Code of medical and sanitary regulations for the guidance of medical officers serving in the Madras Presidency - Volume II
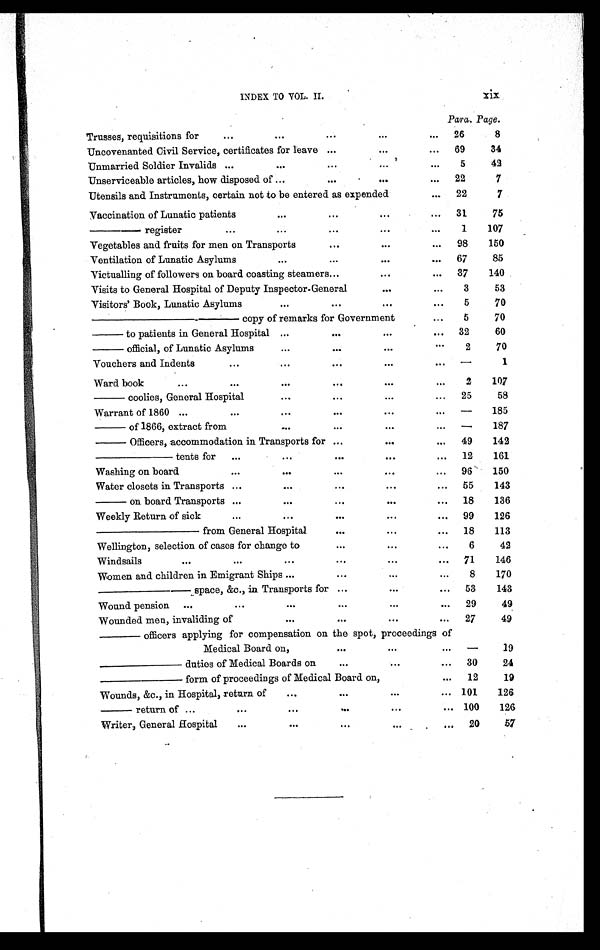
INDEX TO VOL. II. xix
Para. Page.
Trusses, requisitions for
...
...
. . .
. . .
. . . 26
8
Uncovenanted Civil Service, certificates for leave . . .
. . .
... 69
34
Unmarried Soldier Invalids ...
....
. . . . . .
. . . 5
42
Unserviceable articles, how disposed of ...
. . .
. . .
... 22
7
Utensils and Instruments, certain not to be entered as expended
... 22
7
Vaccination of Lunatic patients
...
. . . ...
... 31
75
— — — — — r e g i s t e r . . .
...
. . . ...
...
1
107
Vegetables and fruits for men on Transports
. . .
. . .
. . .
98
150
Ventilation of Lunatic Asylums ...
...
. . .
... 67
85
Victualling of followers on board coasting steamers . . .
...
... 37
140
Visits to General Hospital of Deputy Inspector-General
. . .
...
3
53
Visitors' Book, Lunatic Asylums
...
...
...
...
5
70
————————————— copy of remarks for Government
...
5
70
——— to patients in General Hospital ...
. . .
. . .
. . .
32
60
——— official, of Lunatic Asylums
...
. . .
...
. . .
2
70
Vouchers and Indents
...
...
. . .
...
. . .
—
1
Ward book
. . .
...
...
. . .
. . .
...
2
107
——— coolies, General Hospital
...
. . .
. . .
. . .
25
58
Warrant of 1860 ...
...
...
. . .
. . .
. . .
—
185
——— of 1866, extract from
...
...
. . .
. . . —
187
——— Officers, accommodation in Transports for ...
. . .
... 49
142
— — — — — — — t e n t s f o r ...
...
. . .
. . .
... 12
161
Washing on board
...
...
...
...
... 96
150
Water closets in Transports ...
...
...
. . .
... 55
143
——— on board Transports ...
...
. . .
. . .
... 18
136
Weekly Return of sick
. . .
...
. . .
. . .
... 99
126
— — — — — — — — f r o m G e n e r a l H o s p i t a l
. . .
. . .
... 18
113
Wellington, selection of cases for change to
. . .
. . .
. . .
6
42
Windsails
. . .
. . .
...
. . .
. . .
. . .
71
146
Women and children in Emigrant Ships ...
. . .
. . .
. . .
8
170
— — — — — — — — s p a c e , & c . , i n T r a n s p o r t s f o r ...
. . .
... 53
143
Wound pension ...
. . .
...
. . .
...
... 29
49
Wounded men, invaliding of
...
. . .
. . .
... 27
49
———— officers applying for compensation on the spot, proceedings of
Medical Board on,
. . .
. . .
... —
19
——————— duties of Medical Boards on
. . .
. . .
... 30
24
—————— form of proceedings of Medical Board on,
... 12
19
Wounds, &c., in Hospital, return of
...
. . .
. . .
... 101
126
——— return of ...
...
...
. . .
. . .
... 100
126
Writer, General Hospital
. . .
...
...
. . .
. . . 20
57